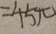
= 4 5 \pi